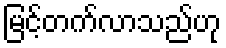
မြင့်တက်လာသည်ဟု